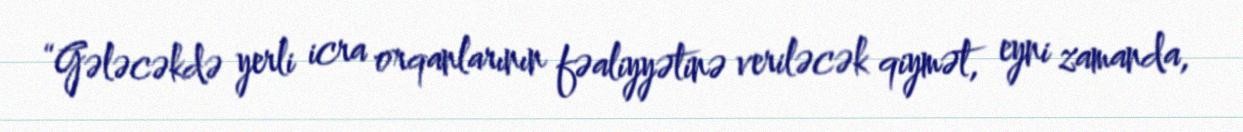
“Gələcəkdə yerli icra orqanlarının fəaliyyətinə veriləcək qiymət, eyni zamanda,